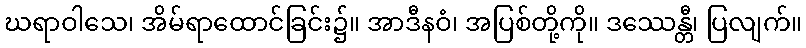
ဃရာဝါသေ၊ အိမ်ရာထောင်ခြင်း၌။ အာဒီနဝံ၊ အပြစ်တို့ကို။ ဒဿေန္တီ၊ ပြလျက်။